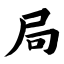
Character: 局